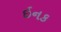
ઇનક